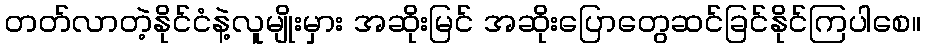
တတ်လာတဲ့နိုင်ငံနဲ့လူမျိုးမှား အဆိုးမြင် အဆိုးပြောတွေဆင်ခြင်နိုင်ကြပါစေ။